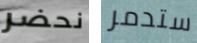
نحضر ستدمر